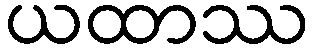
ယထာဿ